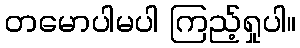
တမောပါမပါ ကြည့်ရှုပါ။